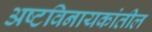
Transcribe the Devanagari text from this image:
अष्टविनायकांतील